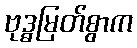
ဗုဒ္ဓမြတ်စွာက